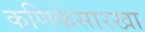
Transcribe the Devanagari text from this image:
कणिकेसारखा